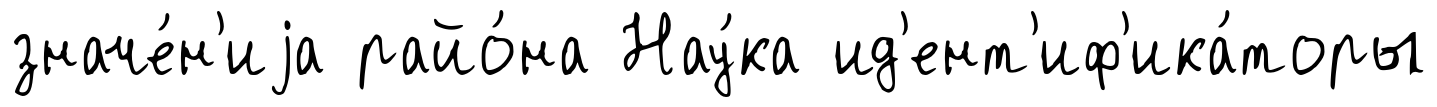
значе́н'иjа райо́на Нау́ка ид'ент'иф'ика́торы